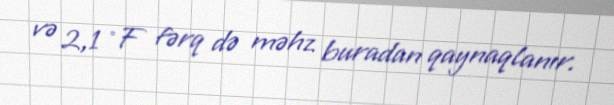
və 2,1 °F fərq də məhz buradan qaynaqlanır.